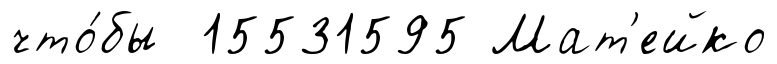
что́бы 15531595 Мат'ейко